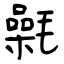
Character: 氉